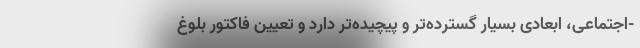
-اجتماعی، ابعادی بسیار گسترده‌تر و پیچیده‌تر دارد و تعیین فاکتور بلوغ